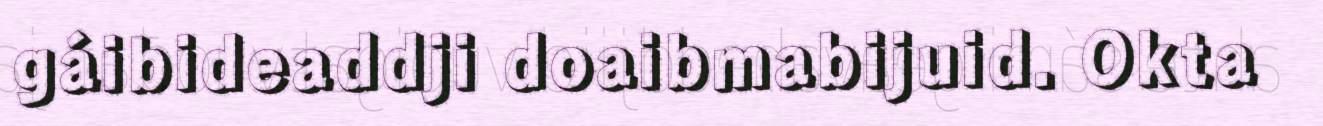
gáibideaddji doaibmabijuid. Okta